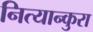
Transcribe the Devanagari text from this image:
नित्यान्कुरा